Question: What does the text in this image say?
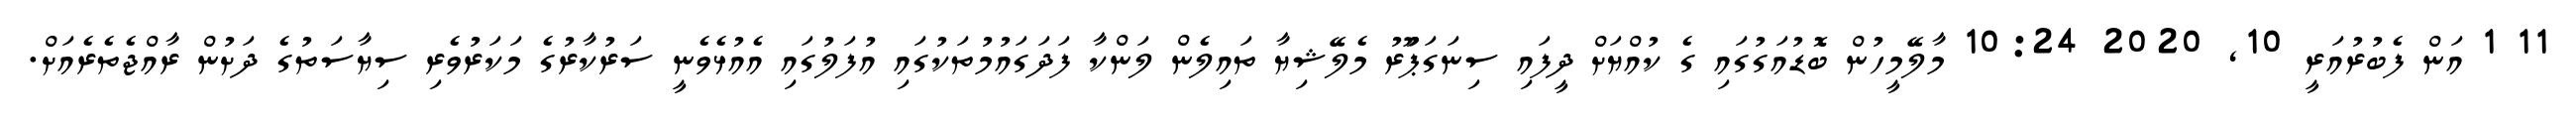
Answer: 11 1 އަން ފެބުރުއަރީ 10, 2020 10:24 މާލޭމީހުން ބޮޑުއަގުގައި ގެ ކުއްޔަށް ދީފައި ސިނަގަޕަޫރު މެލޭޝިޔާ ތައިލެން ލަންކާ ފަދަގައުމުތަކުގައި އުފަލުގައި އެއުޅެވެނީ ސަރުކާރުގެ މަކަރުވެރި ސިޔާސަތުގެ ދަށުން ރާއްޖެތެރެއަށް.